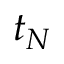
t _ { N }